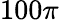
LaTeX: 100\pi